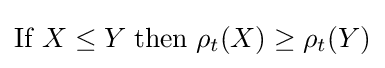
\mathrm {If} \;X\leq Y\;\mathrm {then} \;\rho _{t}(X)\geq \rho _{t}(Y)